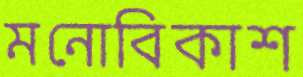
মনোবিকাশ